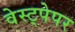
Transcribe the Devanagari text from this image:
वेस्ट्पेपर